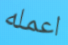
اعمله